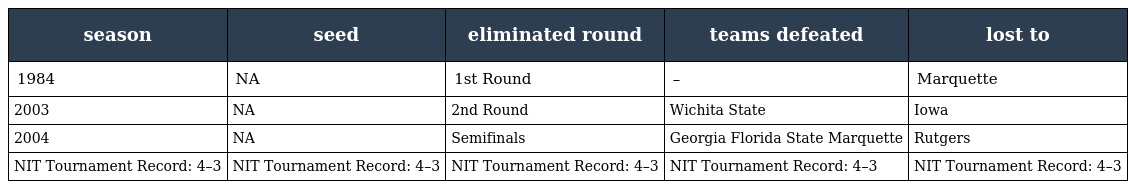
| season | seed | eliminated round | teams defeated | lost to |
 | --- | --- | --- | --- | --- |
 | 1984 | NA | 1st Round | – | Marquette |
 | 2003 | NA | 2nd Round | Wichita State | Iowa |
 | 2004 | NA | Semifinals | Georgia Florida State Marquette | Rutgers |
 | NIT Tournament Record: 4–3 | NIT Tournament Record: 4–3 | NIT Tournament Record: 4–3 | NIT Tournament Record: 4–3 | NIT Tournament Record: 4–3 |